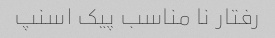
رفتار نا مناسب پیک اسنپ